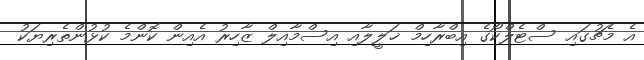
އެ މެޗުގައި ސްޓެލްކޯގެ އިބްރާހިމް ޚަލީލާއި އިސްމާއިލް ޒާހިރު އެއިން ކޮންމެ ކުޅުންތެރިޔަކު